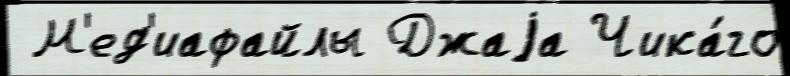
 М'ед'иафайлы Джаjа Чика́го